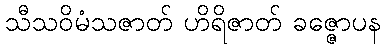
သီသဝိမံသဇာတ် ဟိရိဇာတ် ခဇ္ဇောပန